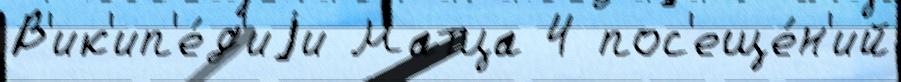
В'ик'ип'е́д'иjи Матца 4 пос'еще́н'ий